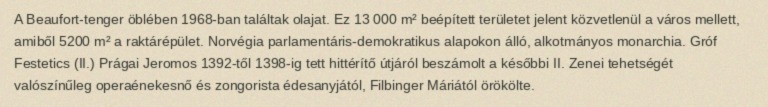
A Beaufort-tenger öblében 1968-ban találtak olajat. Ez 13 000 m² beépített területet jelent közvetlenül a város mellett, amiből 5200 m² a raktárépület. Norvégia parlamentáris-demokratikus alapokon álló, alkotmányos monarchia. Gróf Festetics (II.) Prágai Jeromos 1392-től 1398-ig tett hittérítő útjáról beszámolt a későbbi II. Zenei tehetségét valószínűleg operaénekesnő és zongorista édesanyjától, Filbinger Máriától örökölte.